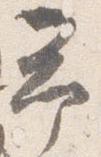
予